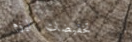
تخفيضات اليوم